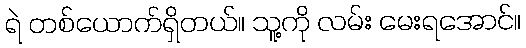
ရဲ တစ်ယောက်ရှိတယ်။ သူ့ကို လမ်း မေးရအောင်။